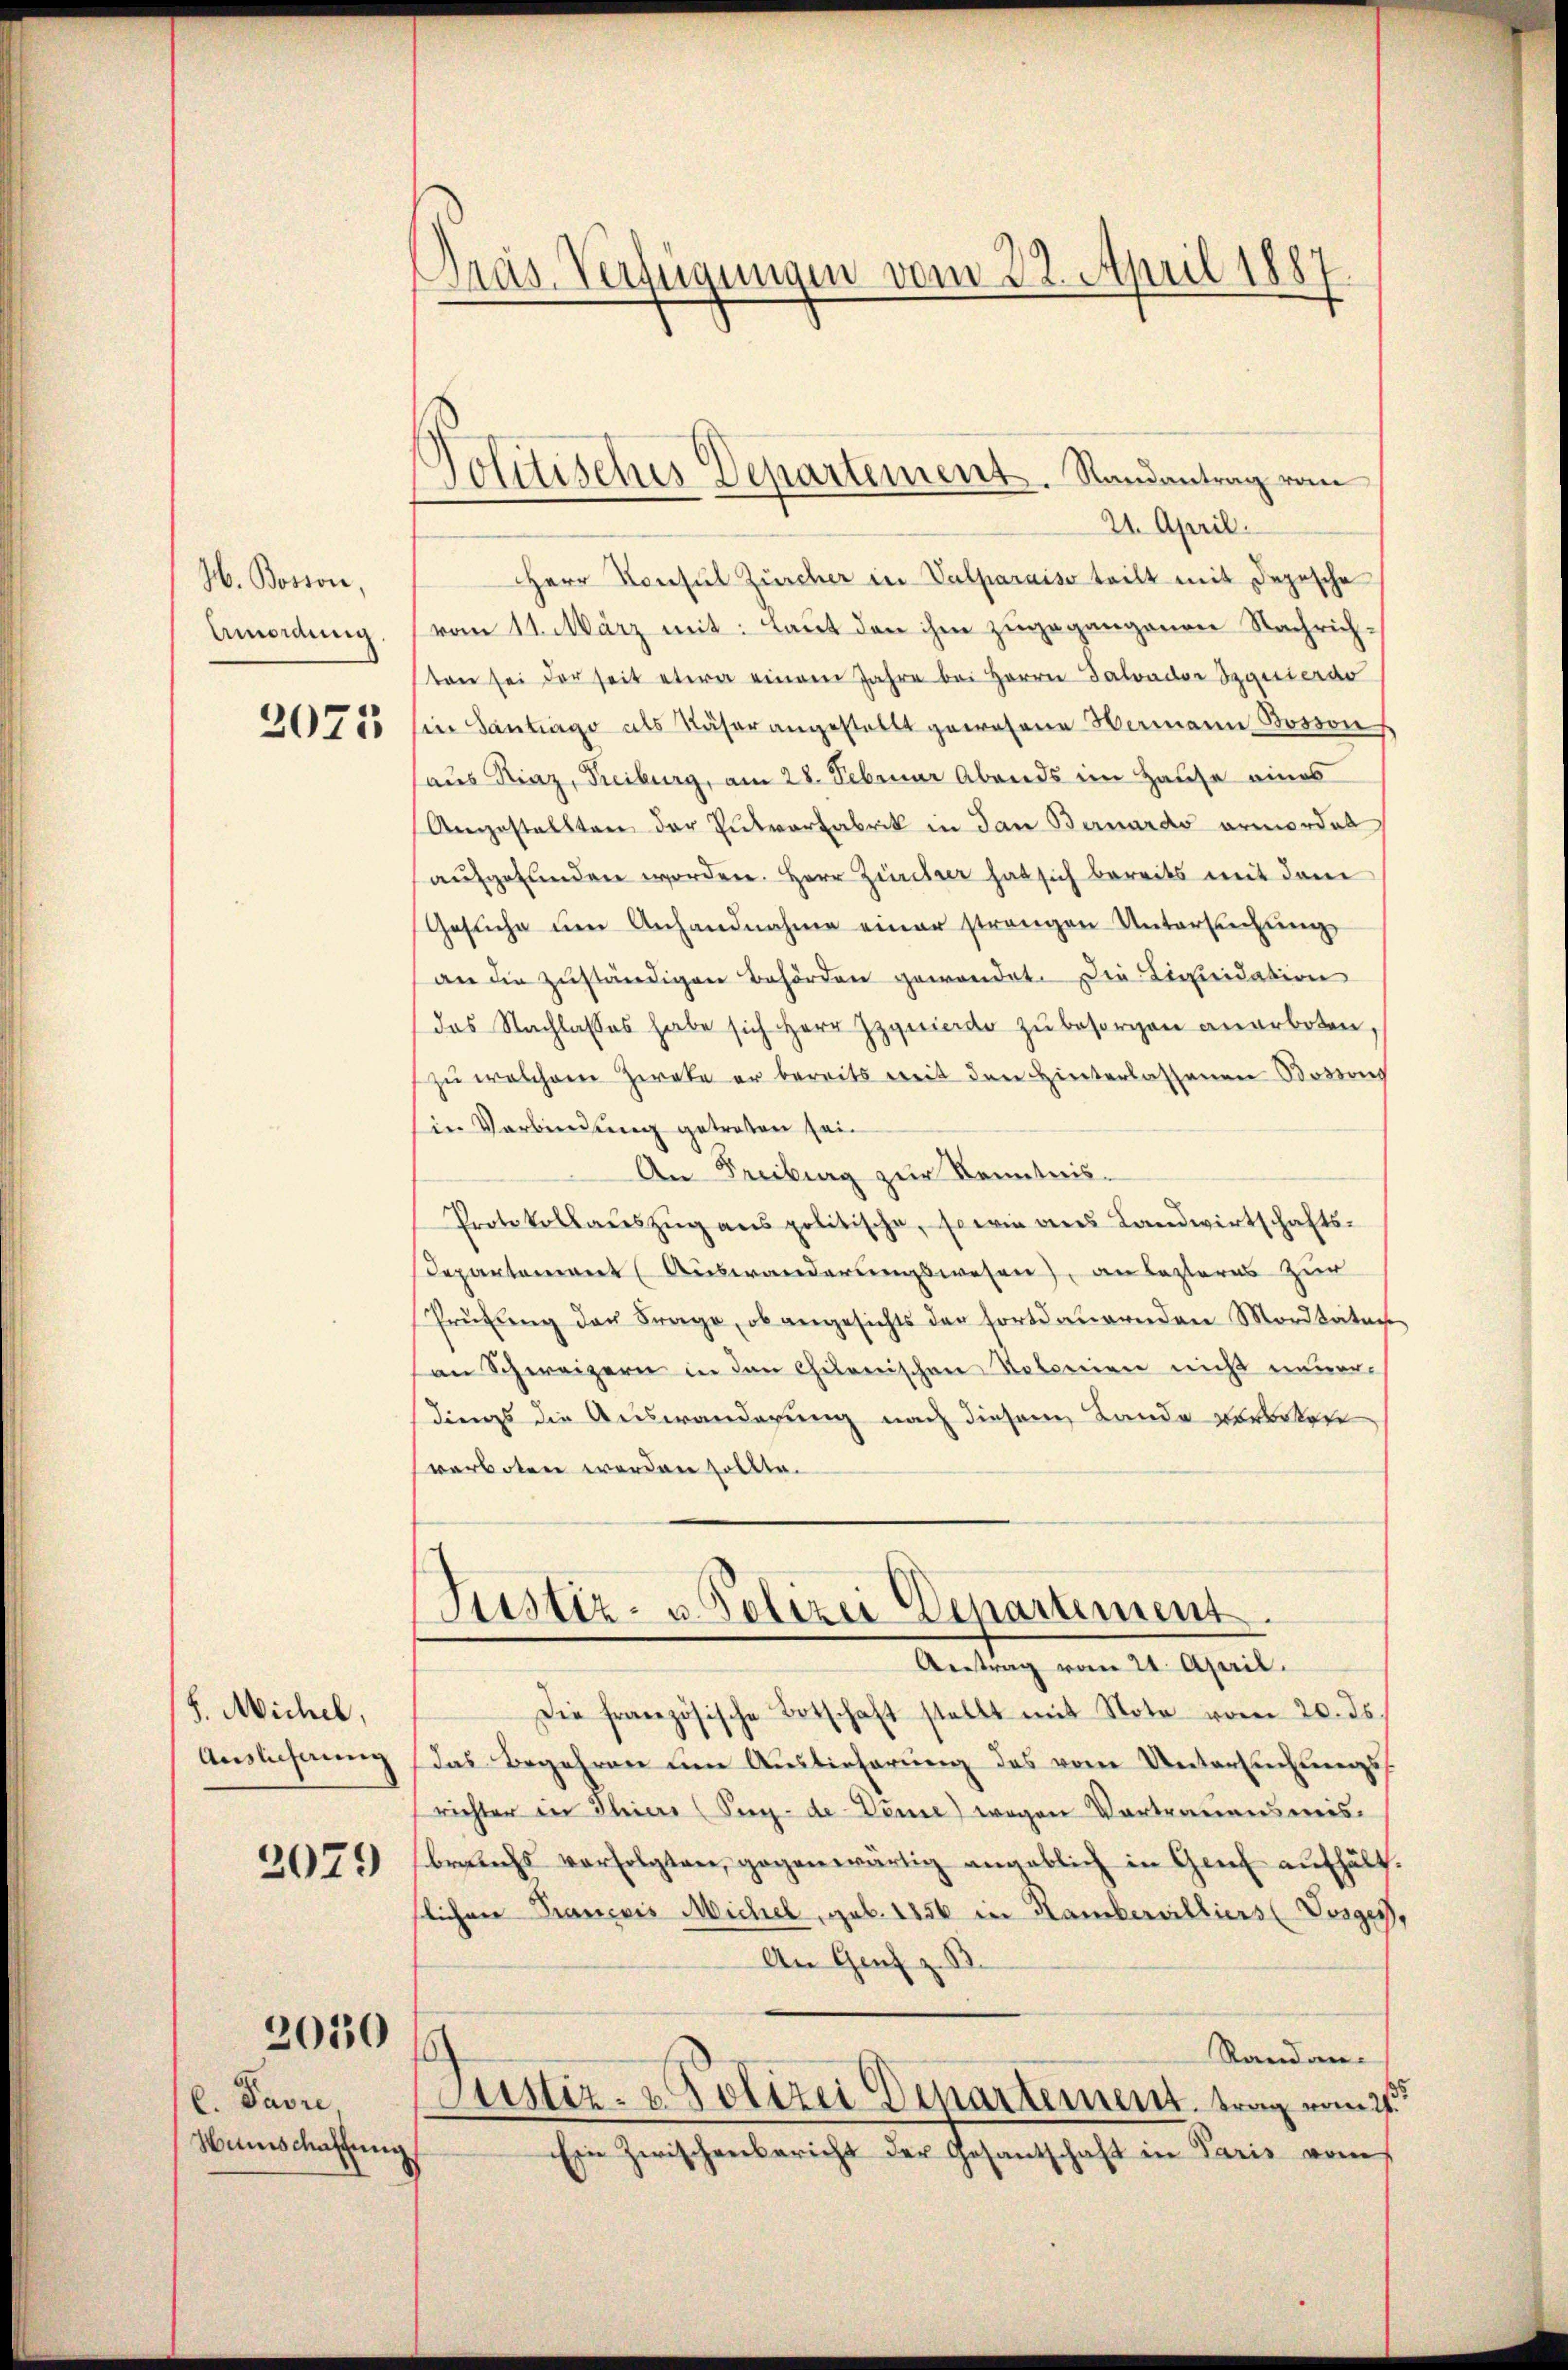
H. Bosson,
Umordung.

2075

S. Michel,
Auslicherung

2079

2050

C. Pavre,
Hunschaffung

Präs. Verfügungen vom 22. April 1887

Solitisches Departement. Randantrag vom

21. April.
Herr Konsul Zürcher in Valparaiso teilt mit Depesche
vom 11. März mit: Laut den ihm zugegangenen Nachrichten sei der seit etwa einem Jahre bei Herrn Salvador Spanierav
sine Santrage als Näher angestellt gewesene Hermann Bossons
(aus Kinz, Treiburg, am 28. Februar Abends im Hause eines
Angestellten der Entwarfabrik in dan Bernardo armordet
aufgefunden worden. Herr Zürcher hat sich bereits mit dem
Gesuche ŭm Anhandnahme einer strengen Untersuchung
an die zuständigen Behörden gewendet. Die Liquidation
das Nachlasses habe sich Herr Zzynierde zu besorgen anerboten,
zu welchem Zweke er bereits weit den Hinterlassenen Bossons
Ein Verbindung getreten sei.
An Freiburg zur Kenntnis-
Protokollaŭszŭg ans politische, sowie aus Landwirtschafts-
Departement (Auswanderungswesen), an lezteres Zur
Prüfŭng der Frage, ob angesichts der fortdauernden Mordtäten
an Schweizern in den Chitonischen Totomien nicht einver-
dings die Auswanderung nach diesem Lande verorten
verboten werden sollte.
Justiz- u Polizei Departement.
Antrag vom 21. April.
Die französische Botschaft stellt mit Note vom 20. ds.
das Begehren um Auslieferung des vom Untersuchungsrichter in Thiers (Pey-de Dense) wegen Vortrauensweis-
brauchs verfolgten, gegenwärtig angeblich in Genf aufhält.
lichen Francois Michel, geb. 1856 in Kamberwilliers (Vesges.
An Genf z. S
Randan-
Justiz- & Polizei Departement, trag vom 27.
Ein Zwischenbericht der Gesantschaft in Paris vom